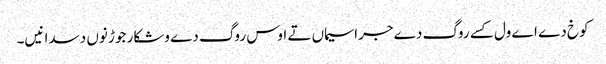
کوخ دے اے ول کسے روگ دے جراسیماں تے اوس روگ دے وشکار جوڑ نوں دسدا نیں۔